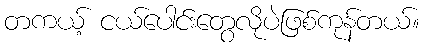
တကယ့် ငယ်ပေါင်းတွေလိုပဲဖြစ်ကုန်တယ်။